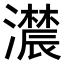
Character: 𤂑